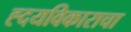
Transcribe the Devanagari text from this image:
ह्दयविकाराचा